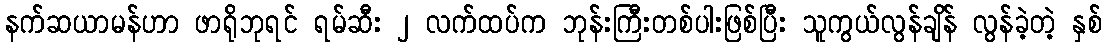
နက်ဆယာမန်ဟာ ဖာရိုဘုရင် ရမ်ဆီး ၂ လက်ထပ်က ဘုန်းကြီးတစ်ပါးဖြစ်ပြီး သူကွယ်လွန်ချိန် လွန်ခဲ့တဲ့ နှစ်